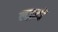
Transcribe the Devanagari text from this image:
लज़्ज़तें